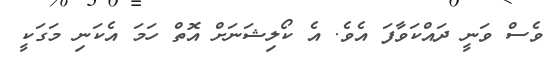
ވެސް ވަނީ ދައްކަވާފަ އެވެ. އެ ކޯލިޝަނަށް އޮތް ހަމަ އެކަނި މަގަކީ